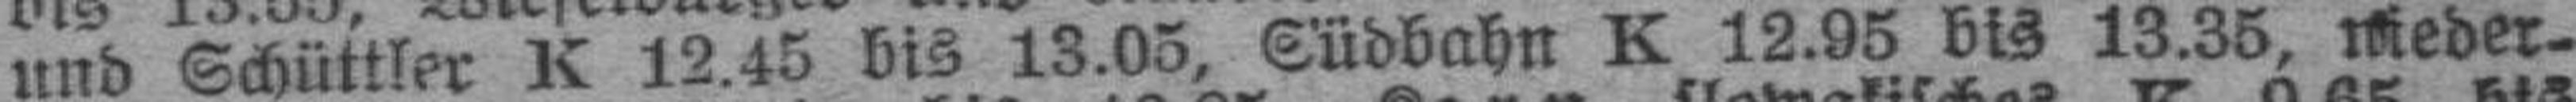
und Schüttler K 12.45 bis 13.05, Südbahn K 12.95 bis 13.35, nieder¬